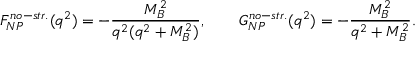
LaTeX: F _ { N P } ^ { n o - s t r . } ( q ^ { 2 } ) = - { \frac { M _ { B } ^ { 2 } } { q ^ { 2 } ( q ^ { 2 } + M _ { B } ^ { 2 } ) } } , \qquad G _ { N P } ^ { n o - s t r . } ( q ^ { 2 } ) = - { \frac { M _ { B } ^ { 2 } } { q ^ { 2 } + M _ { B } ^ { 2 } } } .